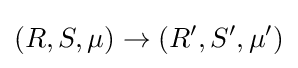
(R,S,\mu )\to (R',S',\mu ')